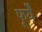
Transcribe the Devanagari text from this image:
फूर्यें